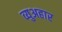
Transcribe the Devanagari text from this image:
व्युअहार